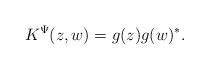
LaTeX: \begin{align*}K^\Psi (z,w)=g(z)g(w)^*.\end{align*}